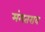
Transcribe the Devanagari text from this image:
मंगतराव